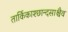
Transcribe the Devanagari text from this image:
तार्किकाश्छान्दसाश्चैव